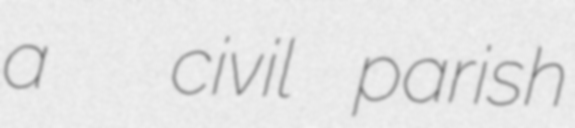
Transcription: a  civil parish